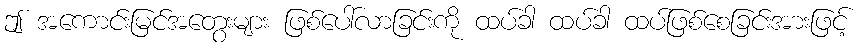
ဤ အကောင်းမြင်အတွေးများ ဖြစ်ပေါ်လာခြင်းကို ထပ်ခါ ထပ်ခါ ထပ်ဖြစ်စေခြင်းအားဖြင့်